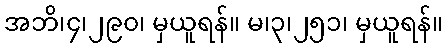
အဘိ၊၄၊၂၉၀၊ မှယူရန်။ မ၊၃၊၂၅၁၊ မှယူရန်။